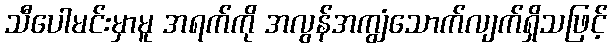
သီပေါမင်းမှာမူ အရက်ကို အလွန်အကျွံသောက်လျက်ရှိသဖြင့်